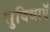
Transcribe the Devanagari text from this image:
सुविधाऍ